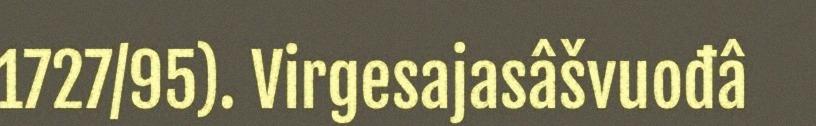
1727/95). Virgesajasâšvuođâ